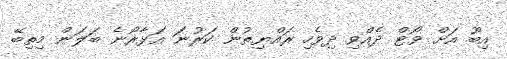
އިބޫ އަށް ވޯޓް ދެއްވި ދިވެހި ރައްޔިތުން ކަރުނަ އަޅާރޯނެ ބަލަން މިތިބޭ